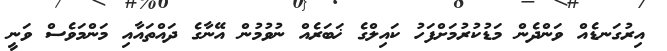
އިރުގަނޑެއް ވަންދެން މަޑުކުރުމަށްފަހު ކައިލްގެ ޚަބަރެއް ނުވުމުން އޭނާގެ ދައްތައާއި މަންމަވެސް ވަނީ